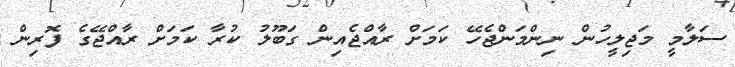
ސަލާމީ މަޖިލީހުން ނިންމަންޖެހޭ ކަމަށް ރާއްޖެއިން ގަބޫލު ކުރާ ކަމަށް ރާއްޖޭގެ ފޮރިން